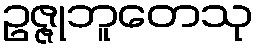
ဥဇ္ဇုဘူတေသု